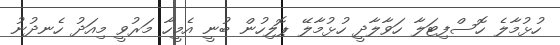
ހުޅުމާލެ ހޮސްފިޓަލާ ހަވާލާދީ ހުޅުމާލޭ ޕޮލިހުން ބުނީ އެމީހާ މަރުވީ މިއަދު ހެނދުނު